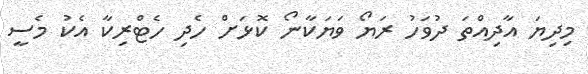
މިދިޔަ އާދިއްތަ ދުވަހު ރަޔޯ ވަޔަކާނޯ ކޮޅަށް ހެދި ހެޓްރިކާ އެކު މެސީ